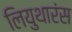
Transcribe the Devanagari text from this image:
लियुथारंस